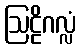
ဩဠိဂလ္လံ